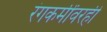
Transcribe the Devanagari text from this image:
रंगकर्मींवरही